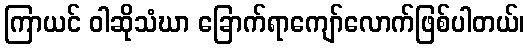
ကြာယင် ဝါဆိုသံဃာ ခြောက်ရာကျော်လောက်ဖြစ်ပါတယ်၊